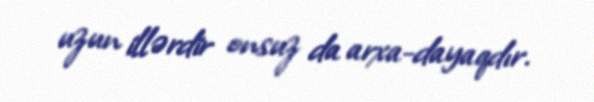
uzun illərdir onsuz da arxa-dayaqdır.